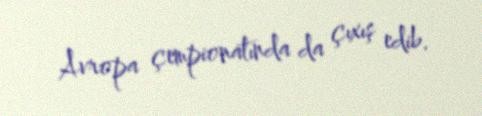
Avropa çempionatında da çıxış edib.